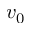
v _ { 0 }